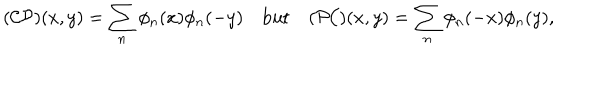
( { \cal C P } ) ( x , y ) = \sum _ { n } \phi _ { n } ( x ) \phi _ { n } ( - y ) \quad \mathrm { b u t } \quad ( { \cal P C } ) ( x , y ) = \sum _ { n } \phi _ { n } ( - x ) \phi _ { n } ( y ) ,